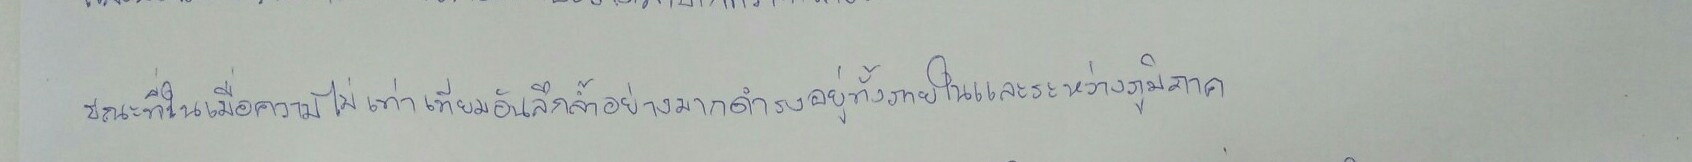
ขณะที่ในเมื่อความไม่เท่าเทียมอันลึกล้ำอย่างมากดำรงอยู่ทั้งภายในและระหว่างภูมิภาค